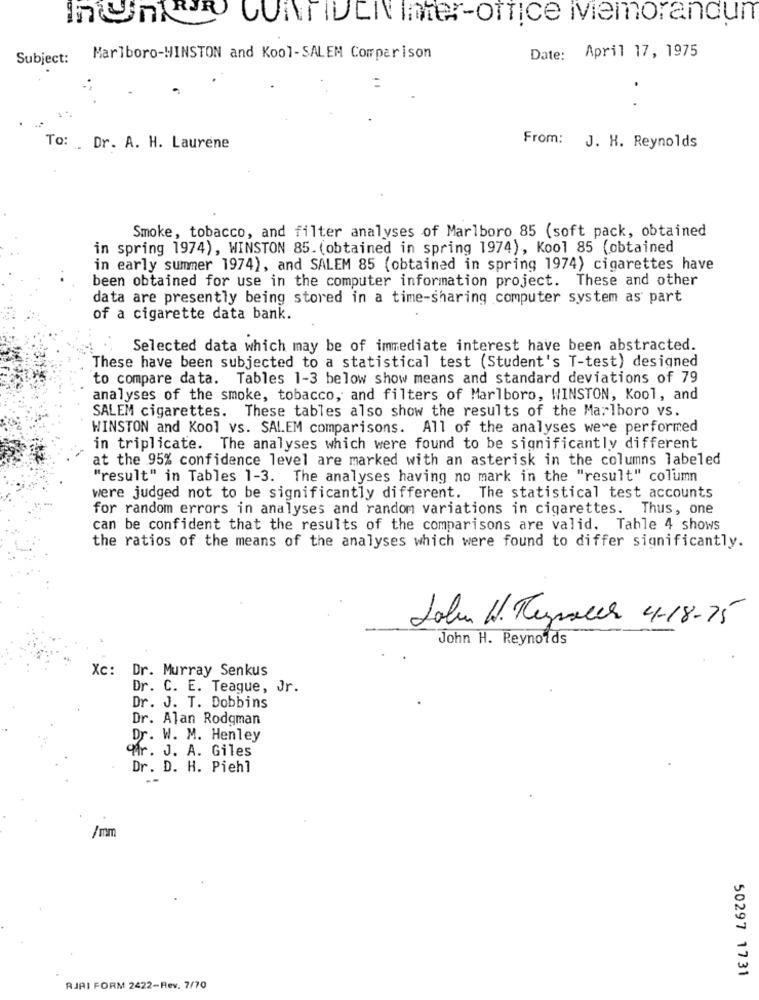
In UNO CONTIDEN Inter-office Memorandum
Date: April 17, 1975
Subject: Marlboro-WINSTON and Kool-SALEM Comparison
To: Dr. A. H. Laurene
From: J. H. Reynolds
Smoke, tobacco, and filter analyses of Marlboro 85 (soft pack, obtained
in spring 1974), WINSTON 85. (obtained in spring 1974), Kool 85 (obtained
in early summer 1974), and SALEM 85 (obtained in spring 1974) cigarettes have
been obtained for use in the computer information project. These and other
data are presently being stored in a time-sharing computer system as part
of a cigarette data bank.
Selected data which may be of immediate interest have been abstracted.
These have been subjected to a statistical test (Student's T-test) designed
to compare data. Tables 1-3 below show means and standard deviations of 79
analyses of the smoke, tobacco, and filters of Marlboro, WINSTON, Kool, and
SALEM cigarettes. These tables also show the results of the Marlboro vs.
WINSTON and Kool vs. SALEM comparisons. All of the analyses were performed
in triplicate. The analyses which were found to be significantly different
at the 95% confidence level are marked with an asterisk in the columns labeled
"result" in Tables 1-3. The analyses having no mark in the "result" column
were judged not to be significantly different. The statistical test accounts
for random errors in analyses and random variations in cigarettes. Thus, one
can be confident that the results of the comparisons are valid. Tahle 4 shows
the ratios of the means of the analyses which were found to differ significantly.
John W. Respaces 4-18-75
John H. Reynolds
Xc: Dr. Murray Senkus
Dr. C. E. Teague, Jr.
Dr. J. T. Dobbins
Dr. Alan Rodgman
Dr. W. M. Henley
r. J. A. Giles
Dr. D. H. Piehl
/mm
50297 1731
RJAI FORM 2422-Rev. 7/70